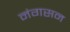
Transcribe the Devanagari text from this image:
नंगसन